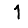
Digit: 1